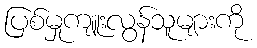
ပြစ်မှုကျူးလွန်သူများကို